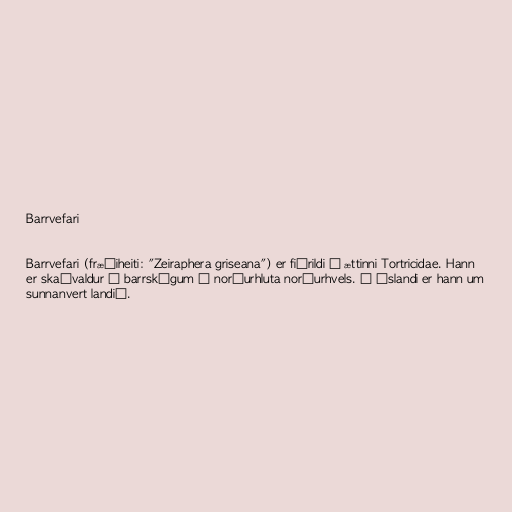
Barrvefari

Barrvefari (fræðiheiti: "Zeiraphera griseana") er fiðrildi í ættinni Tortricidae. Hann
er skaðvaldur í barrskógum á norðurhluta norðurhvels. Á Íslandi er hann um
sunnanvert landið.